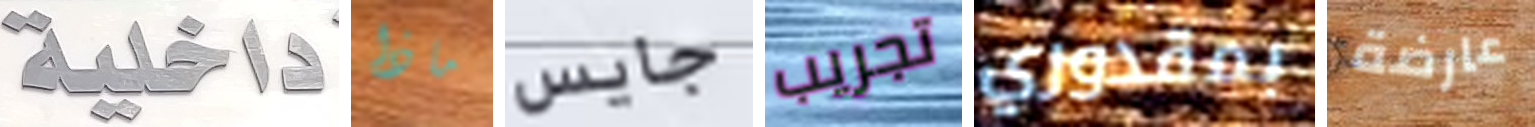
داخلية ماذا جايس تجريب بمقدوري عارضة